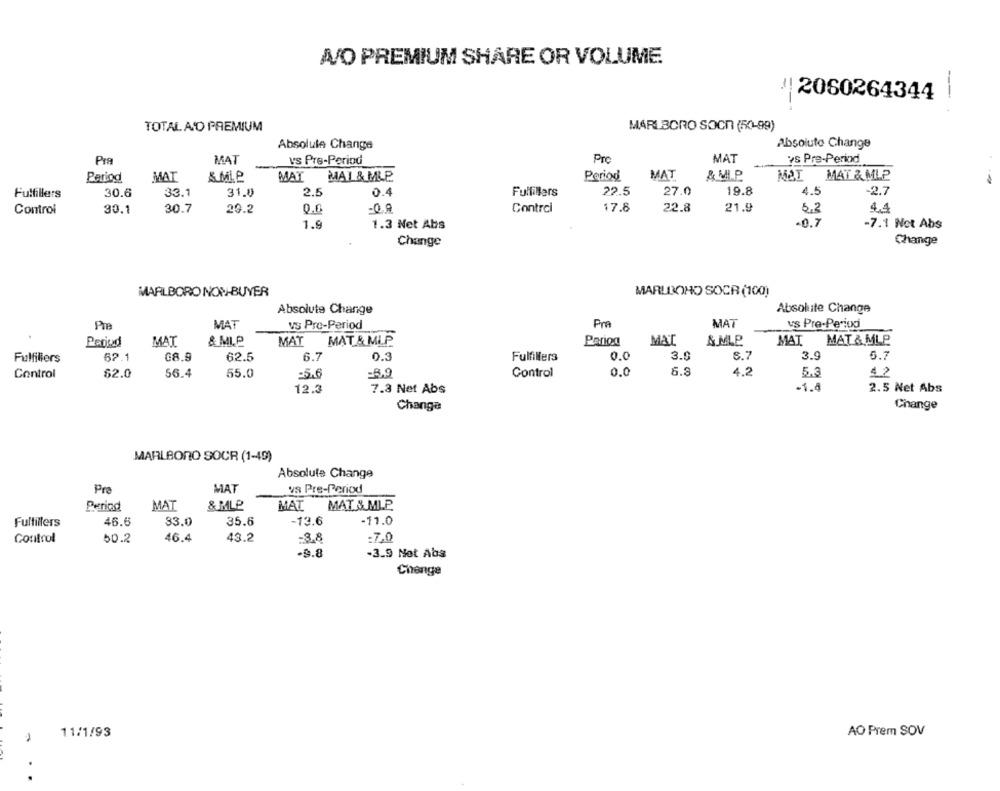
A/O PREMIUM SHARE OR VOLUME
!|2060264344 |
TOTAL AND PREMIUM
MARLBORO SOCI (50-99)
Absolute Change
Absoluto Change
Pro
MAT
vs Pre-Period
Pra
MAT
v's Pre-Period
Period
MAT
& MIP
MAT MAL&MLP
Period
MAT
& MI.P.
MOI MAT & MLP
27.0
-2.7
Fulfillers
30.6
33.1
31.0
2.5
0.4
Fulfillers
22.5
19.8
4.5
22.8
Control
30.1
30.7
20.2
0.0
-0,9
Contrci
17.8
21.9
5.2
4.4
1.9
1.3 Net Abs
-0.7
-7.1 Not Abs
Change
Change
MARLBORO NON-BUYER
MARUDOHO SOCR (100)
Absolute Change
Absolute Change
MAT
Pra
MAT
vs Pre-Period
Pre
vs Pre-Period
& MIP
MAT MAT&MLP
MAT
& MP
MAT MAT& MLP
Perod
MAT
Period
G8.9
62.5
6.7
0.3
0.0
3.5
8.7
3.9
5.7
Fulfiliers
52.1
Fulfillera
0.0
6.8
4.2
5.3
42
Control
62.0
56.4
55.0
:5.6
Control
-1.4
12.3
7.3 Net Abs
2.5 Net Abs
Change
Change
MARLBORO SOCR (1-49)
Absolute Change
Pre
MAT
va Pre-Period
Period
MAT
MAT MAT & MLP
& MLP
46.6
83.0
35.6
-13.6
-11.0
Fulfillers
50.2
46.4
43.2
:7,0
Control
-3.8
-9.8
-3.9 Net Abs
Change
11/1/93
AO Prem SOV